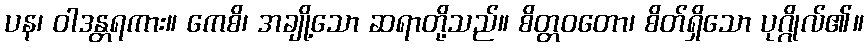
ပန၊ ဝါဒန္တရကား။ ကေစိ၊ အချို့သော ဆရာတို့သည်။ စိတ္တဝတော၊ စိတ်ရှိသော ပုဂ္ဂိုလ်၏။